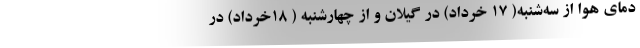
دمای هوا از سه‌شنبه( ۱۷ خرداد) در گیلان و از چهارشنبه ( ۱۸خرداد) در